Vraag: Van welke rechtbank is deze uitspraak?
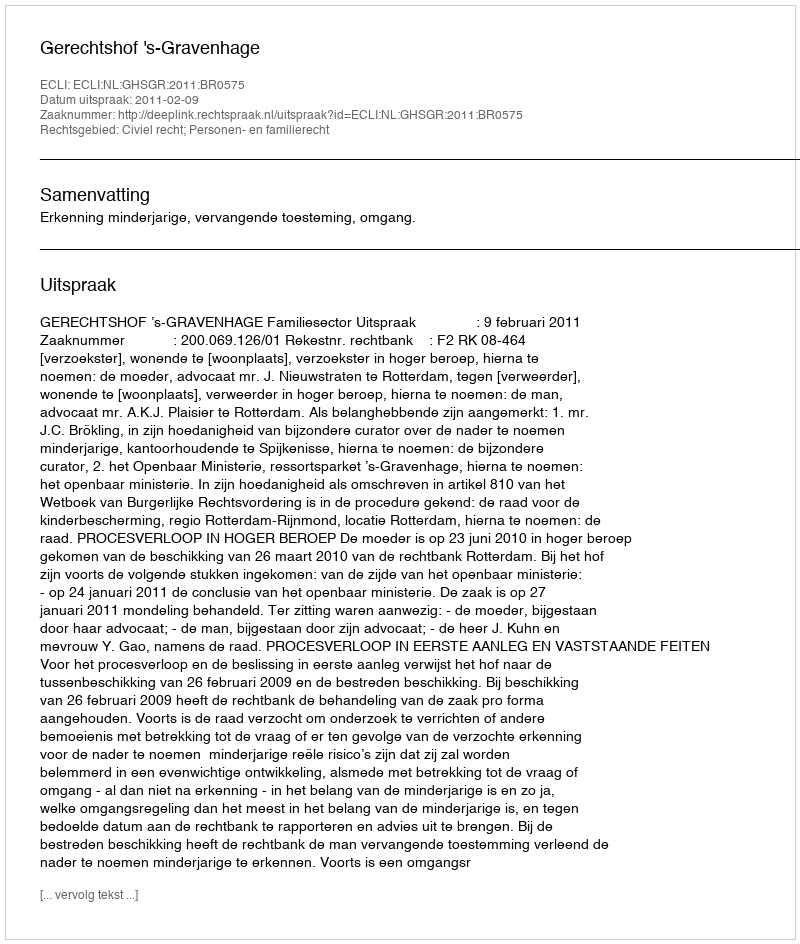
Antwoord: Gerechtshof 's-Gravenhage